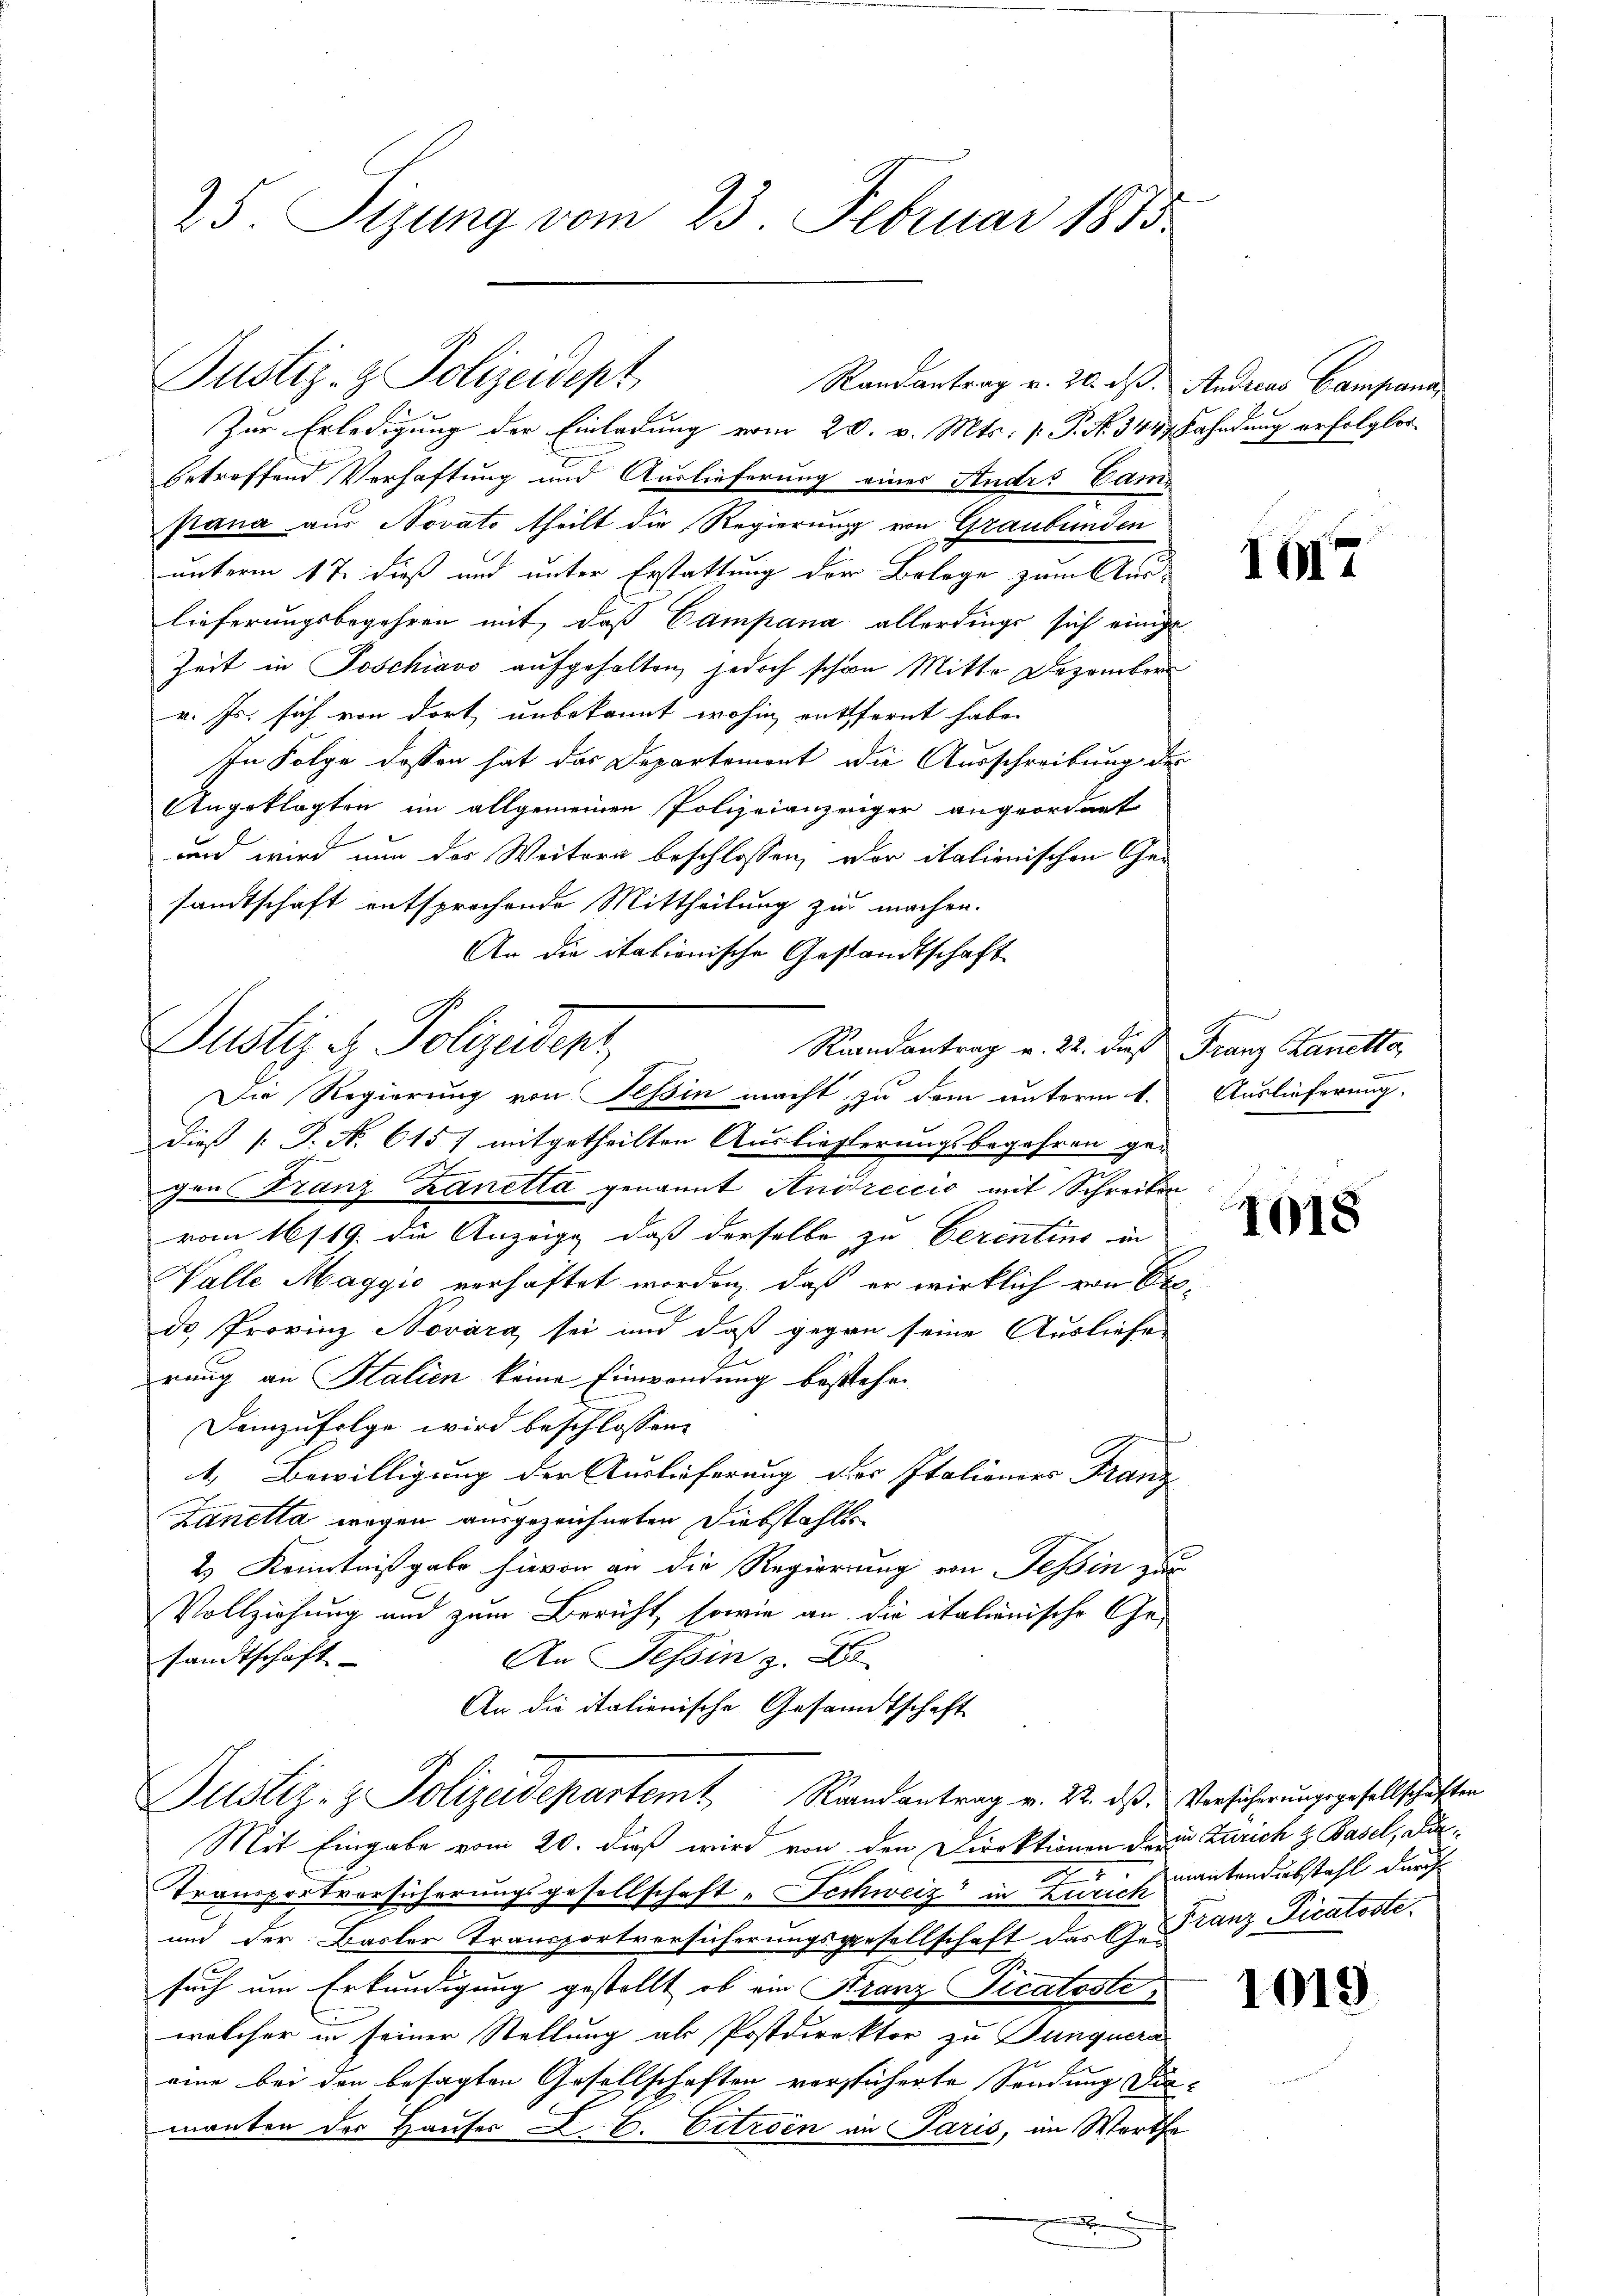
25. Sizung vom 23. Februar 1875

Randantrag v. 20. ds. Andreas Campana
Zur Erledigung der Einladung vom 20. v. Mts. [ P. N. 344. Fahndung erfolglor
betreffend Verhaftung und Auslieferung eines Studes Cam
pana aus Novato theilt die Regierung von Graubünden
unterm 17. dieß und unter Erstattung der Belage zum Auslieferungsbegehren mit, daß Campana allerdings sich einige
Zeit in Poschiavo aufgehalten, jedoch schon Mitte Dezember
v. Js. sich von dort, unbekannt wohin entfernt habe.
In Folge dassen hat das Departemont die Ausschreibung der
Angeklagten im allgemeinen Polizeianzeiger angeordnet
und wird nun des Weitern beschlossen, der italienischen Gesandtschaft entsprochende Mittheilung zu machen.
An die itationische Gestandtschaft
Justiz & Polizeident
Randantrag v. 22. dieß Franz Kanetta,
Dieß P. No 615 f mitgetheilten Auslieferungsbegehren gegen Franz Zanetta genannt Andreccio mit Schreiben
vom 16/19. die Anzeige, daß derselbe zu berentins in
Valle Magyić verhaftet worden, daß er wirklich von Obeds Provinz Novárg sei und daß gegen seine Ausliefe
rung an Stalien keine Einwendung bestehen
Demzufolge wird beschlossen:
1. Bewilligung der Auslieferung der Italieners Franz
Lanetta wegen ausgezeichneten Diebstahls
2.) Kenntnißgabe hievon an die Regierung von Tessin zur
Vollziehung und zum Bericht, sowie an die italienische Ge¬
An Tessin z
sandtschaft
An die italienische Gesandtschaft
Justiz- & Polizeidepartem Randantrag v. 22. das Versicherungsgesellschaften
Mit Eingabe vom 20. dieß wird von den Direktionen der in Zürich z. Basel, dien
Transportversicherungsgesellschaft „Schweiz in Zürich mantendesstahl durch
und der Basler Transportversicherungsgesellschaft der G. Franz Ficatoste
h
such um Erkundigung gestellt, ob ein Franz Ticatsste
welcher in seiner Stellung als Postdirektor zu Punquera
eine bei den besagten Gesellschaften vorstücherte Sendung diemanten der Hauses L. C. Citroen in Paris, im Worthe
.

Justiz- & Polizeidept

Die Regierung von Teßin macht zu dem unterm 1. Auslieferung:

1017

1018

1019.